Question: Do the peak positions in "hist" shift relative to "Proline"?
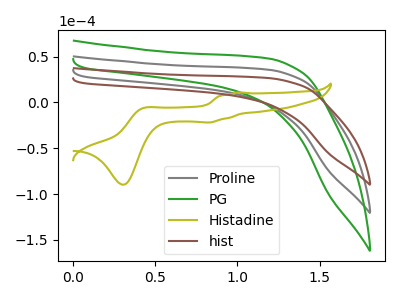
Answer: <think>The gray curve "Proline" has no peaks. The green curve "PG" has no peaks. The olive curve "Histadine" has anodic peaks at (1.00V, 10.90uA) (0.45V, -6.15uA) and cathodic peaks at (0.85V, -21.85uA) (0.30V, -89.75uA). The brown curve "hist" has no peaks.
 Neither "hist" or "Proline" have any peaks.</think>
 <answer>No, "hist" and "Proline" don't appear to be significantly different in shape</answer>
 <eval>no_change</eval>